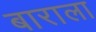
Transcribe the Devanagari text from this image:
बाराला